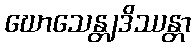
ဃောသေန္တျဒိဿန္တာ